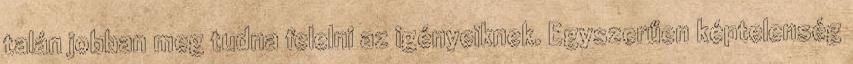
talán jobban meg tudna felelni az igényeiknek. Egyszerűen képtelenség